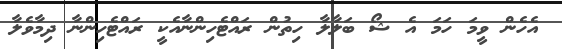
އެހެން ވީމަ ހަމަ އެ ޝޯ ބަލާލާ ހިތުން ރައްޓެހިންނާއެކީ ރައްޓެހިންނާ ދިމާވެލާ